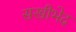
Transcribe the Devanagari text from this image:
सखीभेद